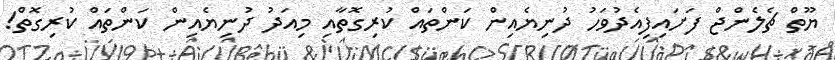
ޔޫތް ޗެލެންޖް ފަށައިފިއެދުވަހު ދުނިޔެއިން ކަންތައް ކުރިގޮތާއި މިއަދު ދުނިޔެއިން ކަންތައް ކުރިގޮތް!